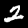
Digit: 2